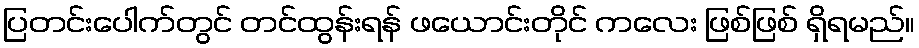
ပြတင်းပေါက်တွင် တင်ထွန်းရန် ဖယောင်းတိုင် ကလေး ဖြစ်ဖြစ် ရှိရမည်။